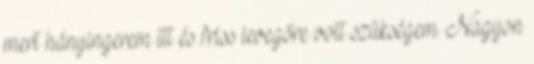
mert hányingerem ltt és friss levegőre volt szükségem. Nagyon